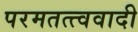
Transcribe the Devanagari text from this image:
परमतत्त्ववादी